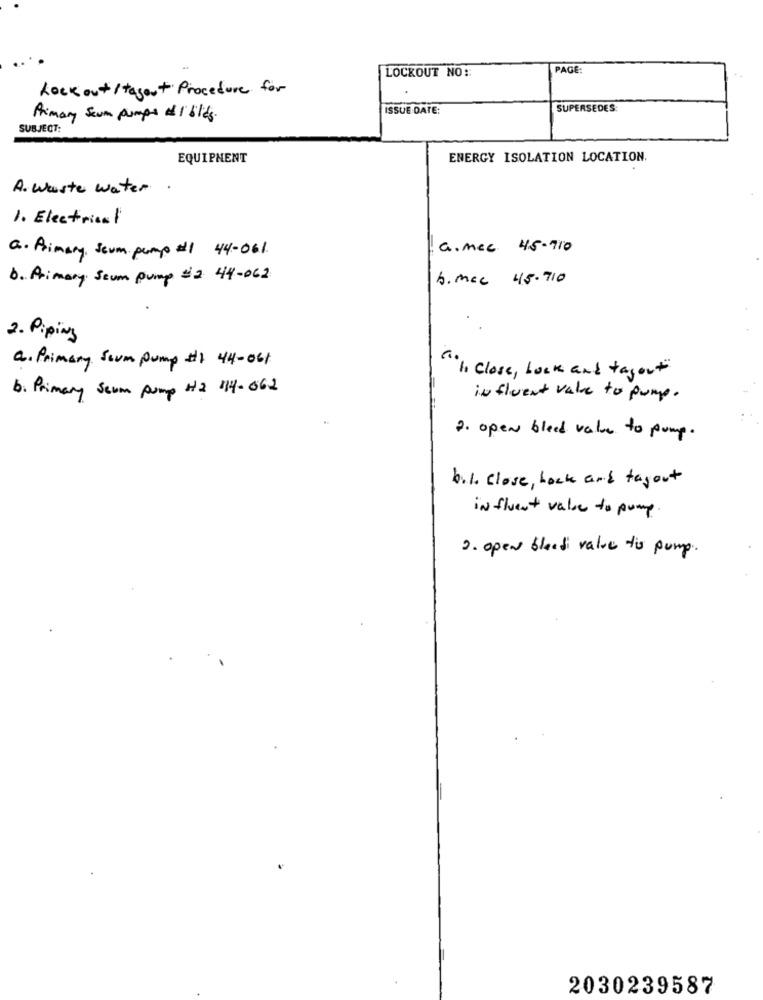
LOCKOUT NO:
PAGE:
Lock out / tagout Procedure for
ISSUE DATE:
SUPERSEDES:
Primary Sevm pumps #1'bilds.
SUBJECT:
EQUIPMENT
ENERGY ISOLATION LOCATION.
A. waste water
1. Electrical
a. mec 45- 710
a. Primary, Scum pump #1 44-061.
b. Aimary Seum pump #2 44-062
6. mec 45.710
2. Piping
a. Primary Scum Pump #2 44-06/
"I close , lock and tagout"
b. Primary Scum pump H2 114-062
influent vale to pump.
2. open bleed value to pump.
b.l. close, hack and tagout
in fluent value to pump
2. open bleed value tis pump.
2030239587